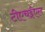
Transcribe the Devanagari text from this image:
टीएचईएल